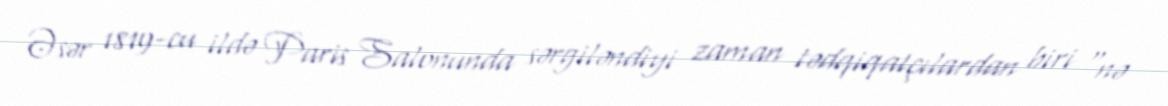
Əsər 1819-cu ildə Paris Salonunda sərgiləndiyi zaman tədqiqatçılardan biri "nə